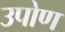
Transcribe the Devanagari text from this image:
उपोण